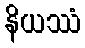
နိယဿံ